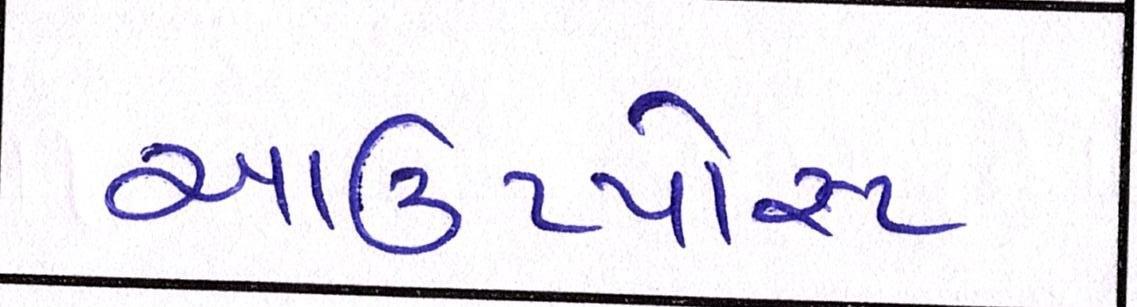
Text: આઉટપોસ્ટ